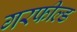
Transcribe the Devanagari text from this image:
गरफील्ड